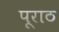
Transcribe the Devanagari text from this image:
पूराठ